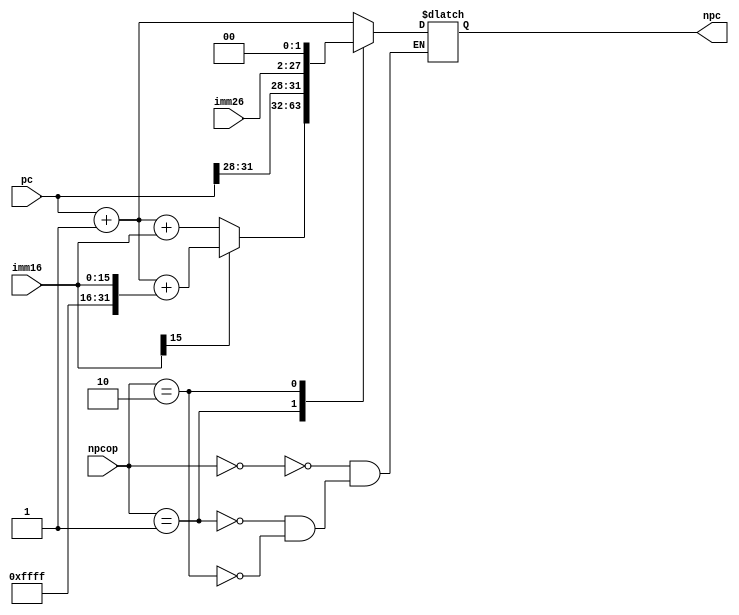
/*
    NPCNPCOp[1:0]NPC
*/

`timescale 1ns / 1ns
module NPC
        (
            input [31:0] pc,            //
            input [15:0] imm16,
            input [25:0] imm26,         //
            input [1:0] npcop,          //
            output reg [31:0] npc       //
        );
        
    always @ (npcop)
        begin
            case(npcop)
                2'b00:
                    begin
                        //
                        npc = pc + 1;
                    end
                2'b01:
                    begin
                        //B
                        //npc <- pc + { sign_ext(imm16 )}
//                        if(imm16[15]==0)		
//                            imm16ex={14'b00000000000000,imm16[15:0],2'b0};
//								else if(imm16[15]==1)	
//                            imm16ex={14'b11111111111111,imm16[15:0],2'b0};
//								npc = pc + 4 + imm16ex;
                        if(imm16[15]==0)		
                            npc = pc + 1 + {16'b0000000000000000,imm16[15:0]};
								else if(imm16[15]==1)	
                            npc = pc + 1 + {16'b1111111111111111,imm16[15:0]};
                    end
                2'b10:
                    begin
                        //J
                        npc = {pc[31:28],imm26,2'b0};
                    end
                endcase
        end

endmodule